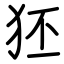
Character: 狉